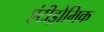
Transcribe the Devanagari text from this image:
एंटीड्रोमिक